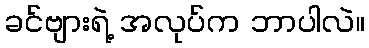
ခင်ဗျားရဲ့ အလုပ်က ဘာပါလဲ။